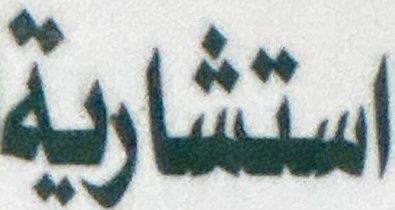
استشارية